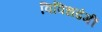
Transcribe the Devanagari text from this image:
विविधढंगी